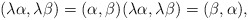
\begin{align*}(\lambda \alpha,\lambda\beta)=(\alpha,\beta) (\lambda \alpha,\lambda\beta)=(\beta,\alpha),\end{align*}